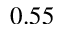
0 . 5 5